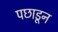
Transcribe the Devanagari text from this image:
पछाडून